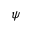
\psi